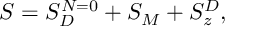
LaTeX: S = S _ { D } ^ { N = 0 } + S _ { M } + S _ { z } ^ { D } ,